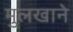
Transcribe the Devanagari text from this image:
मुलखाने